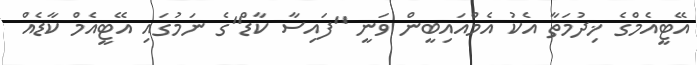
އޭޓީއެމްގެ ޚިދުމަތާ އެކު އެމްއައިބީން ވަނީ "ފައިސާ ކާޑް"ގެ ނަމުގައި އޭޓީއެމް ކާޑެއް